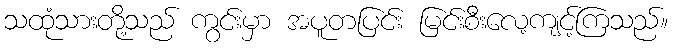
သထုံသားတို့သည် ကွင်းမှာ အပူတပြင်း မြင်းစီးလေ့ကျင့်ကြသည်။